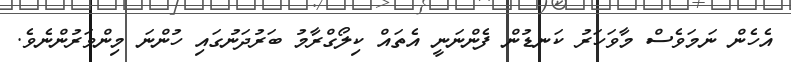
އެހެން ނަމަވެސް މާވަހަރު ކަނޑުން ފެންނަނީ އެތައް ކިލޯގްރާމު ބަރުދަނުގައި ހުންނަ މިންވަރުންނެވެ.